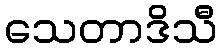
သေတာဒိသီ